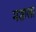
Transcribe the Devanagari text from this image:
मशाला